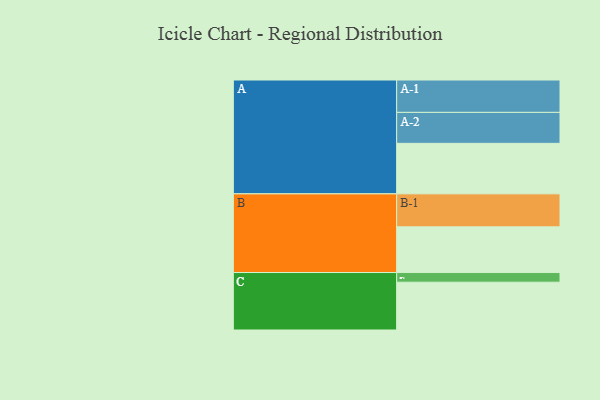
{"axis": {"x": "Segment", "y": "Value"}, "legend": ["", "A", "B", "C"], "data": [{"x": "A", "y": 429, "type": ""}, {"x": "B", "y": 388, "type": ""}, {"x": "C", "y": 406, "type": ""}, {"x": "A-1", "y": 275, "type": "A"}, {"x": "A-2", "y": 263, "type": "A"}, {"x": "B-1", "y": 280, "type": "B"}, {"x": "C-1", "y": 82, "type": "C"}]}